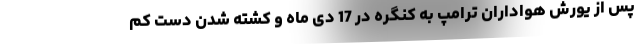
پس از یورش هواداران ترامپ به کنگره در 17 دی ماه و کشته شدن دست کم